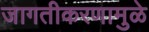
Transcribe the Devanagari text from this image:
जागतीकरणामुळे